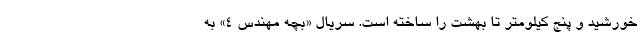
خورشید و پنج کیلومتر تا بهشت را ساخته است. سریال «بچه مهندس ۴» به